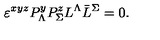
\varepsilon ^ { x y z } P _ { \Lambda } ^ { y } P _ { \Sigma } ^ { z } L ^ { \Lambda } \bar { L } ^ { \Sigma } = 0 .